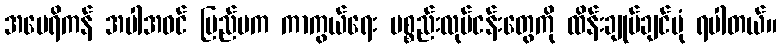
အမေရိကန် အပါအဝင် ပြည်ပက ကာကွယ်ရေး ပစ္စည်းလုပ်ငန်းတွေကို ထိန်းချုပ်ချင်ပုံ ရပါတယ်။